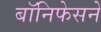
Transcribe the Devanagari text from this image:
बॉनिफेसने